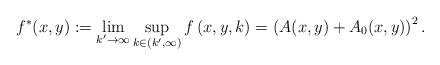
LaTeX: \begin{align*}f^{\ast }(x,y):=\lim_{k^{\prime }\rightarrow \infty }\sup_{k\in (k^{\prime},\infty )}f\left( x,y,k\right) =\left( A(x,y)+A_{0}(x,y)\right) ^{2}.\end{align*}